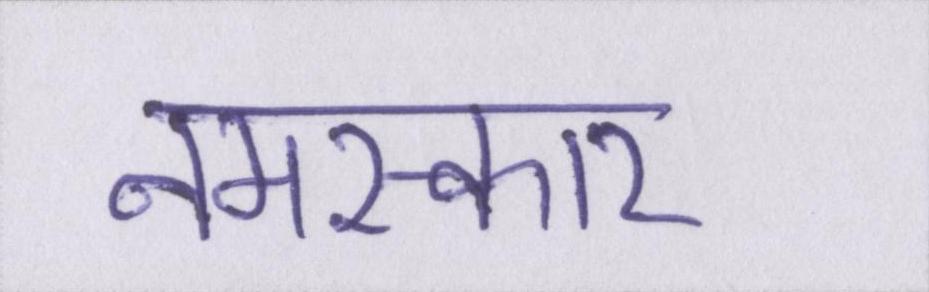
नमस्कार